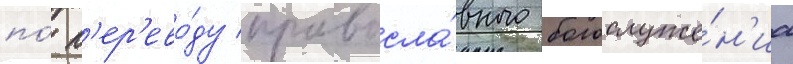
по́ п'ер'ево́ду правосла́вного богослуже́н'иа